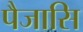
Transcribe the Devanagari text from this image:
पैजासि